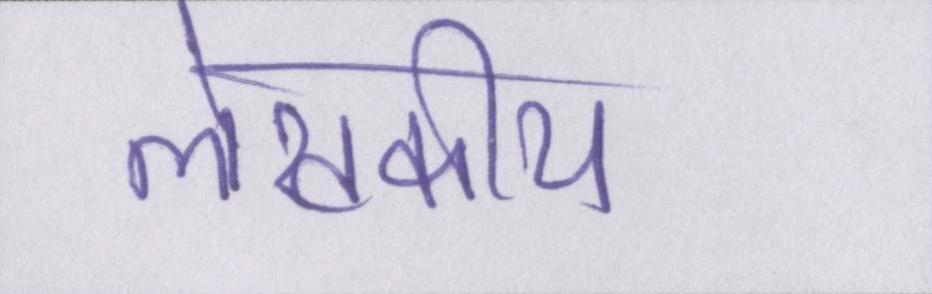
लेखकीय